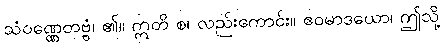
သံဝဏ္ဏေတဗ္ဗံ၊ ၏။ ဣတိ စ၊ လည်းကောင်း။ ဧဝမာဒယော၊ ဤသို့